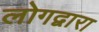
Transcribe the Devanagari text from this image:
लोगद्वारा